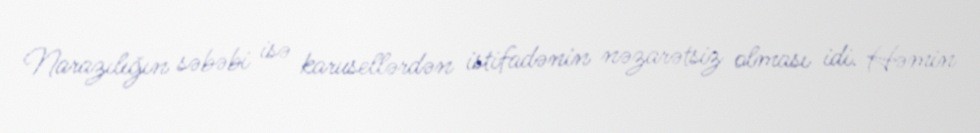
Narazılığın səbəbi isə karusellərdən istifadənin nəzarətsiz olması idi. Həmin